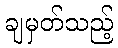
ချမှတ်သည့်